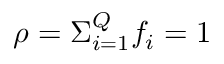
\rho = \Sigma _ { i = 1 } ^ { Q } f _ { i } = 1